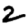
Digit: 2